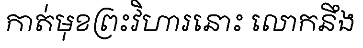
កាត់មុខព្រះវិហារនោះ លោកនឹង